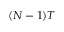
( N - 1 ) T